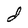
Character: d